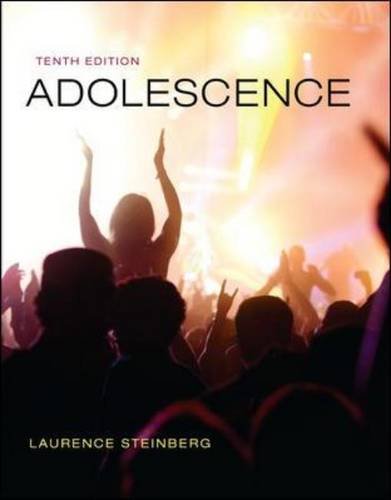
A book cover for Adolescence; Laurence Steinberg; Parenting & Relationships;